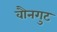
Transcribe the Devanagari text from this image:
वौनगुट